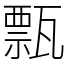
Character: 㼼